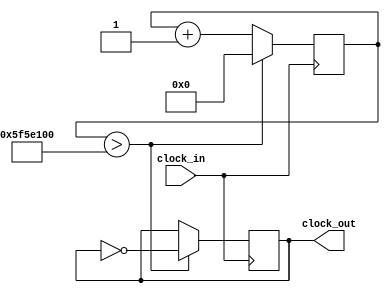
module Blinky_1Hz(clock_in, clock_out);
 input clock_in; // System clock
 output clock_out; // Low-frequency clock
 reg [31:0] counter_out; // register for storing values
 reg clock_out; // register buffer for output port

 initial begin
 counter_out<=32'h00000000; // 0 in Hexadecimal format
 clock_out<=0;
 end
 //this always block runs on the fast 100MHz clock
 always @(posedge clock_in)
 begin
 counter_out<=counter_out + 32'h00000001; // Adding one at every clock pulse
 if (counter_out>32'h5F5E100) // If count value reaches to 100000000 = 10^8
 begin
 counter_out<=32'h00000000; // reset the counter
 clock_out <= ~clock_out; // and invert the clock pulse level
 end
 end
 endmodule